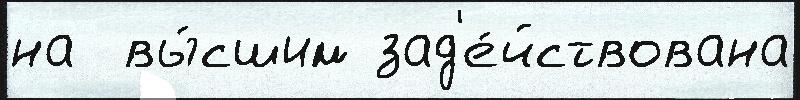
на  вы́сшим зад'е́йствована